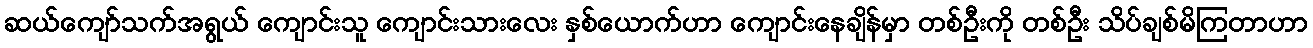
ဆယ်ကျော်သက်အရွယ် ကျောင်းသူ ကျောင်းသားလေး နှစ်ယောက်ဟာ ကျောင်းနေချိန်မှာ တစ်ဦးကို တစ်ဦး သိပ်ချစ်မိကြတာဟာ